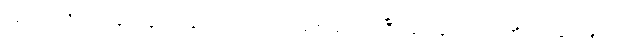
ဖယောင်းတိုင်လေးတွေ နှင့် အခြား အလှအပလေးတွေ ဆင်ယင်ပြီး မြစ်ချောင်း အင်းအိုင်တွေမှာ မျှောရင်း